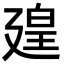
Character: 𪪱